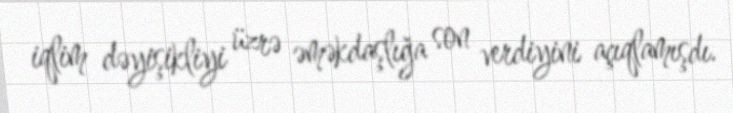
iqlim dəyişikliyi üzrə əməkdaşlığa son verdiyini açıqlamışdı.